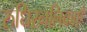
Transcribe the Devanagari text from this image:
रुधिरनलिकाएँ